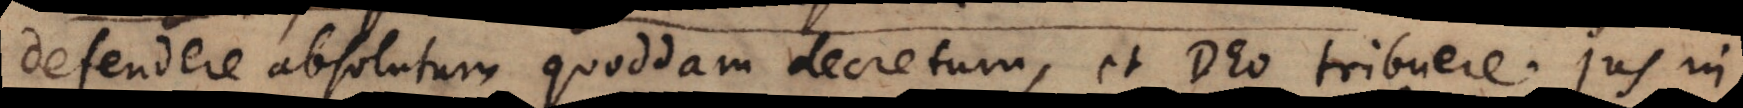
defendere absolutum quoddam decretum, et Deo tribuere jus in